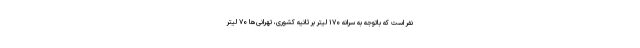
نفر است که باتوجه به سرانه ۱۷۰ لیتر بر ثانیه کشوری، تهرانی‌ها ۷۰ لیتر